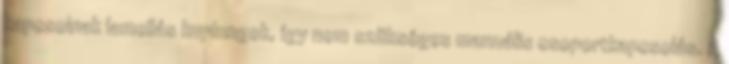
kapcsolnak lamellás kuplungok, így nem szükséges manuális csoportkapcsolás. A